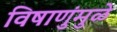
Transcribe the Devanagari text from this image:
विषाणुंमुळे